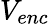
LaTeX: V_{enc}